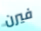
فيرن